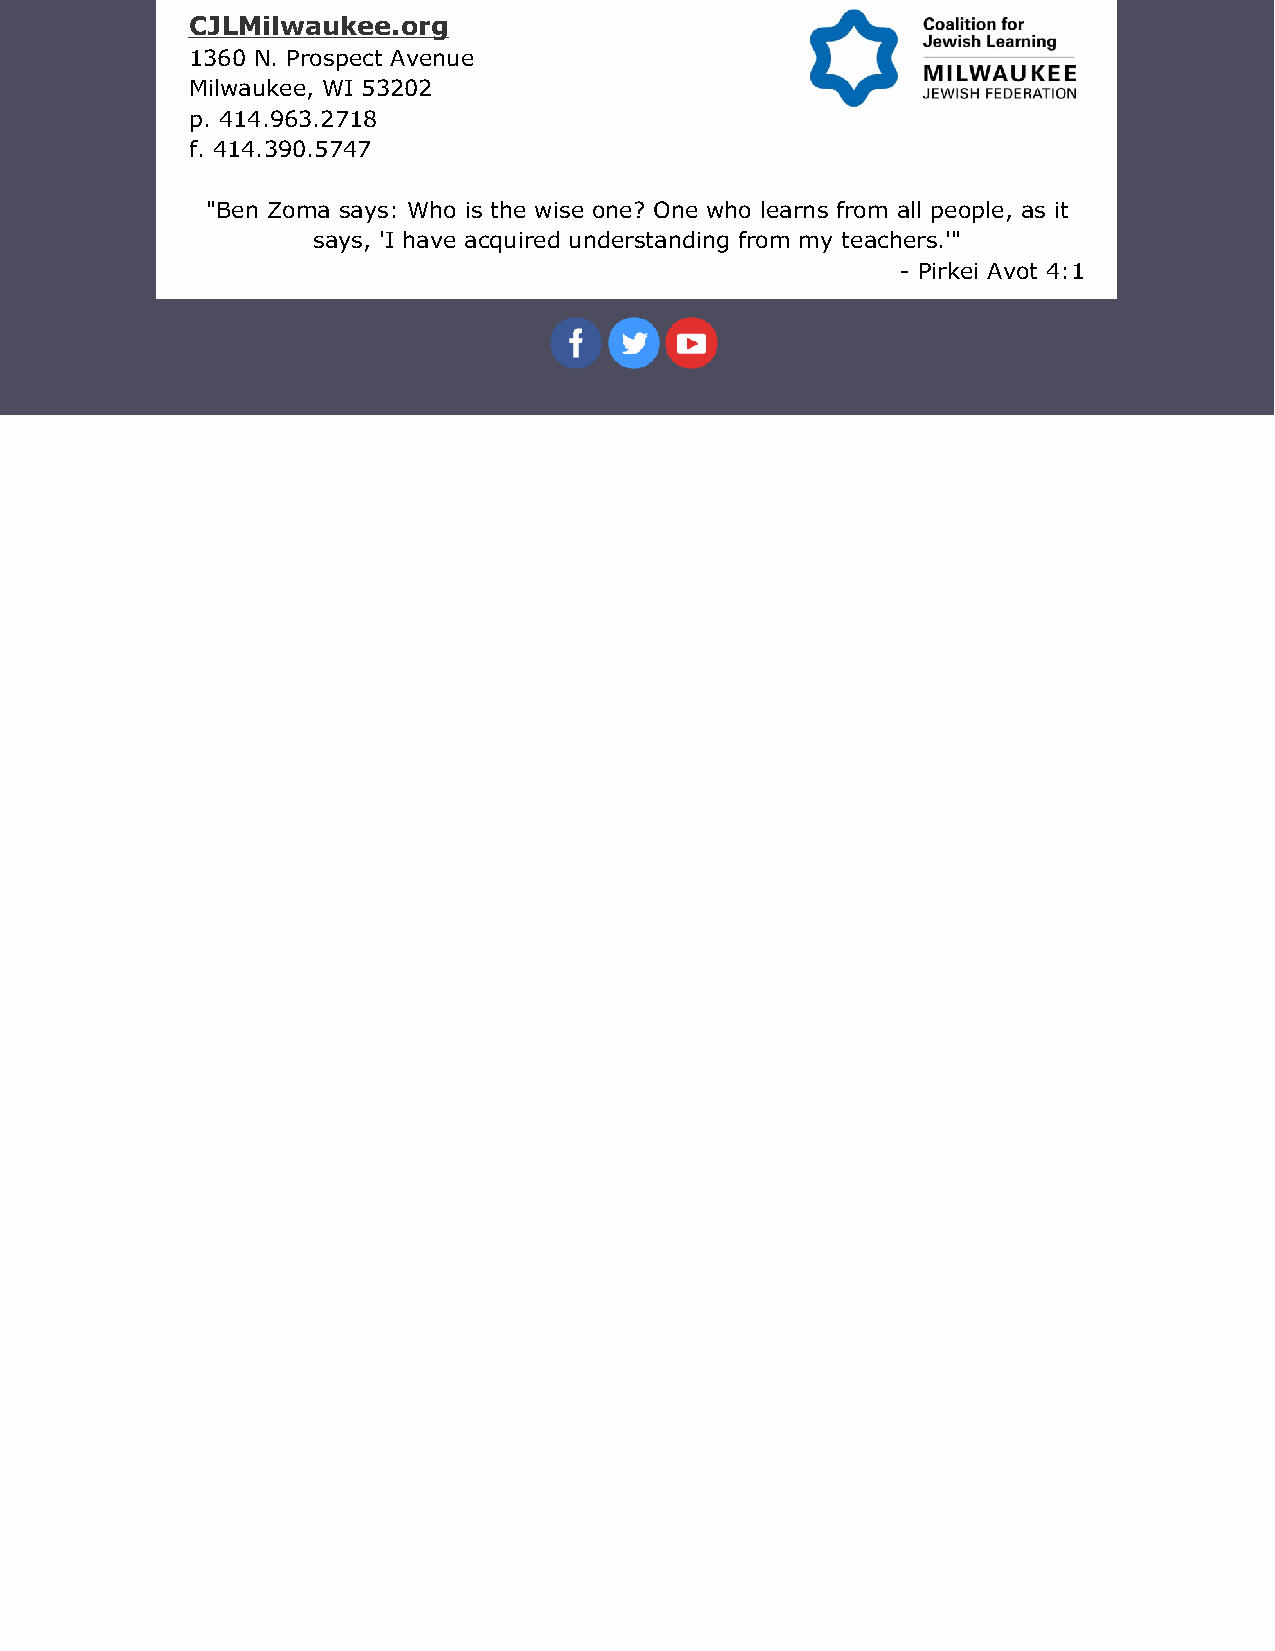
CJLMilwaukee.org
 1360 N. Prospect Avenue
 Milwaukee, WI 53202
 p. 414.963.2718
 f. 414.390.5747
 "Ben Zoma says: Who is the wise one? One who learns from all people, as it
 says, 'I have acquired understanding from my teachers.'"
 - Pirkei Avot 4:1
 ​   ​   ​